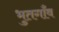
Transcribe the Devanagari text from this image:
भुतगाँव